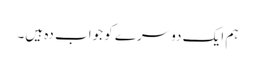
ہم ایک دوسرے کو جواب دہ ہیں۔